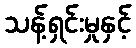
သန့်ရှင်းမှုနှင့်